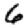
Digit: 6